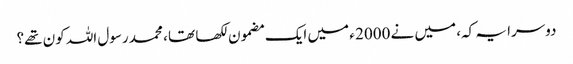
دوسرا یہ کہ، میں نے 2000 ء میں ایک مضمون لکھا تھا ، محمد رسول اللہ کون تھے؟